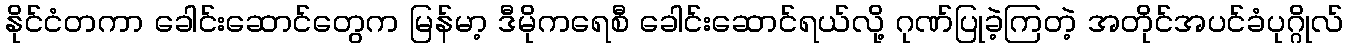
နိုင်ငံတကာ ခေါင်းဆောင်တွေက မြန်မာ့ ဒီမိုကရေစီ ခေါင်းဆောင်ရယ်လို့ ဂုဏ်ပြုခဲ့ကြတဲ့ အတိုင်အပင်ခံပုဂ္ဂိုလ်